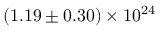
\mathrm { { ( 1 . 1 9 \pm 0 . 3 0 ) \times 1 0 ^ { 2 4 } } }